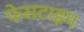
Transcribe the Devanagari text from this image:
फेसटाइम